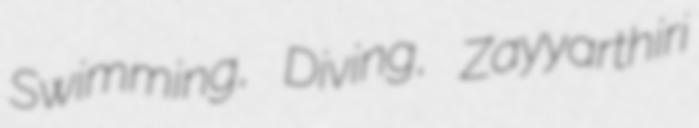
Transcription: Swimming, Diving, Zayyarthiri